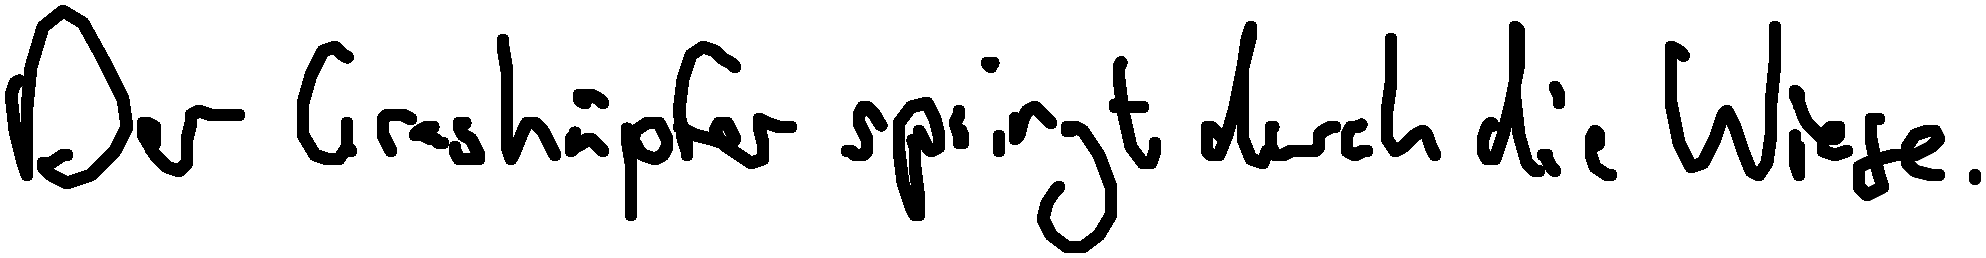
Der Grashüpfer springt durch die Wiese.